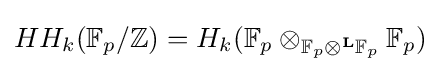
HH_{k}(\mathbb {F} _{p}/\mathbb {Z} )=H_{k}(\mathbb {F} _{p}\otimes _{\mathbb {F} _{p}\otimes ^{\mathbf {L} }\mathbb {F} _{p}}\mathbb {F} _{p})